Annual report of the Bengal Veterinary College and of the Civil Veterinary Department, Bengal, for the year 1909-1910 - 1909-1910
Year: 1909
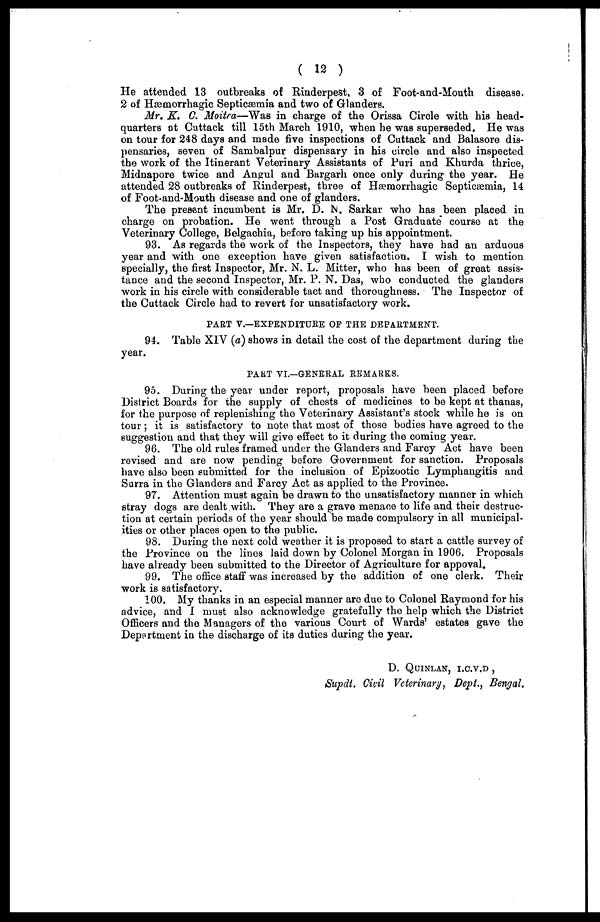
( 12 )
He attended 13 outbreaks of Rinderpest, 3 of Foot-and-Mouth disease.
2 of Hæmorrhagic Septicæmia and two of Glanders.
Mr. K. C. Moitra—Was in charge of the Orissa Circle with his head-
quarters at Cuttack till 15th March 1910, when he was superseded. He was
on tour for 248 days and made five inspections of Cuttack and Balasore dis-
pensaries, seven of Sambalpur dispensary in his circle and also inspected
the work of the Itinerant Veterinary Assistants of Puri and Khurcla thrice,
Midnapore twice and Angul and Bargarh once only during the year. He
attended 28 outbreaks of Rinderpest, three of Hæmorrhagic Septicaemia, 14
of Foot-and-Mouth disease and one of glanders.
The present incumbent is Mr. D. N. Sarkar who has been placed in
charge on probation. He went through a Post Graduate course at the
Veterinary College, Belgachia, before taking up his appointment.
93. As regards the work of the Inspectors, they have had an arduous
year and with one exception have given satisfaction. I wish to mention
specially, the first Inspector, Mr. N. L. Mitter, who has been of great assis-
tance and the second Inspector, Mr. P. N. Das, who conducted the glanders
work in his circle with considerable tact and thoroughness. The Inspector of
the Cuttack Circle had to revert for unsatisfactory work.
PART V.—EXPENDITURE OF THE DEPARTMENT.
94. Table XIV (a) shows in detail the cost of the department during the
year.
PART VI.—GENERAL REMARKS.
95. During the year under report, proposals have been placed before
District Boards for the supply of chests of medicines to be kept at thanas,
for the purpose of replenishing the Veterinary Assistant's stock while he is on
tour ; it is satisfactory to note that most of those bodies have agreed to the
suggestion and that they will give effect to it during the coming year.
96. The old rules framed under the Glanders and Farcy Act have been
revised and are now pending before Government for sanction. Proposals
have also been submitted for the inclusion of Epizootic Lymphangitis and
Surra in the Glanders and Farcy Act as applied to the Province.
97. Attention must again be drawn to the unsatisfactory manner in which
stray dogs are dealt with. They are a grave menace to life and their destruc-
tion at certain periods of the year should be made compulsory in all municipal-
ities or other places open to the public.
98. During the next cold weather it is proposed to start a cattle survey of
the Province on the lines laid down by Colonel Morgan in 1906. Proposals
have already been submitted to the Director of Agriculture for appoval.
99. The office staff was increased by the addition of one clerk. Their
work is satisfactory.
100. My thanks in an especial manner are due to Colonel Raymond for his
advice, and I must also acknowledge gratefully the help which the District
Officers and the Managers of the various Court of Wards' estates gave the
Department in the discharge of its duties during the year.
D. QUINLAN, I.C.V.D ,
Supdt. Civil Veterinary, Dept., Bengal.